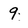
Character: 9